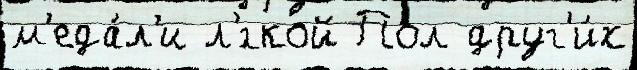
м'еда́л'и л'́гкой Пол друг'и́х